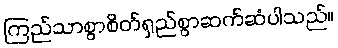
ကြည်သာစွာစိတ်ရှည်စွာဆက်ဆံပါသည်။